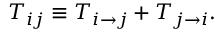
\begin{array} { r } { T _ { i j } \equiv T _ { i \to j } + T _ { j \to i } . } \end{array}